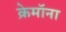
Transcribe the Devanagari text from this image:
क्रेमॉना